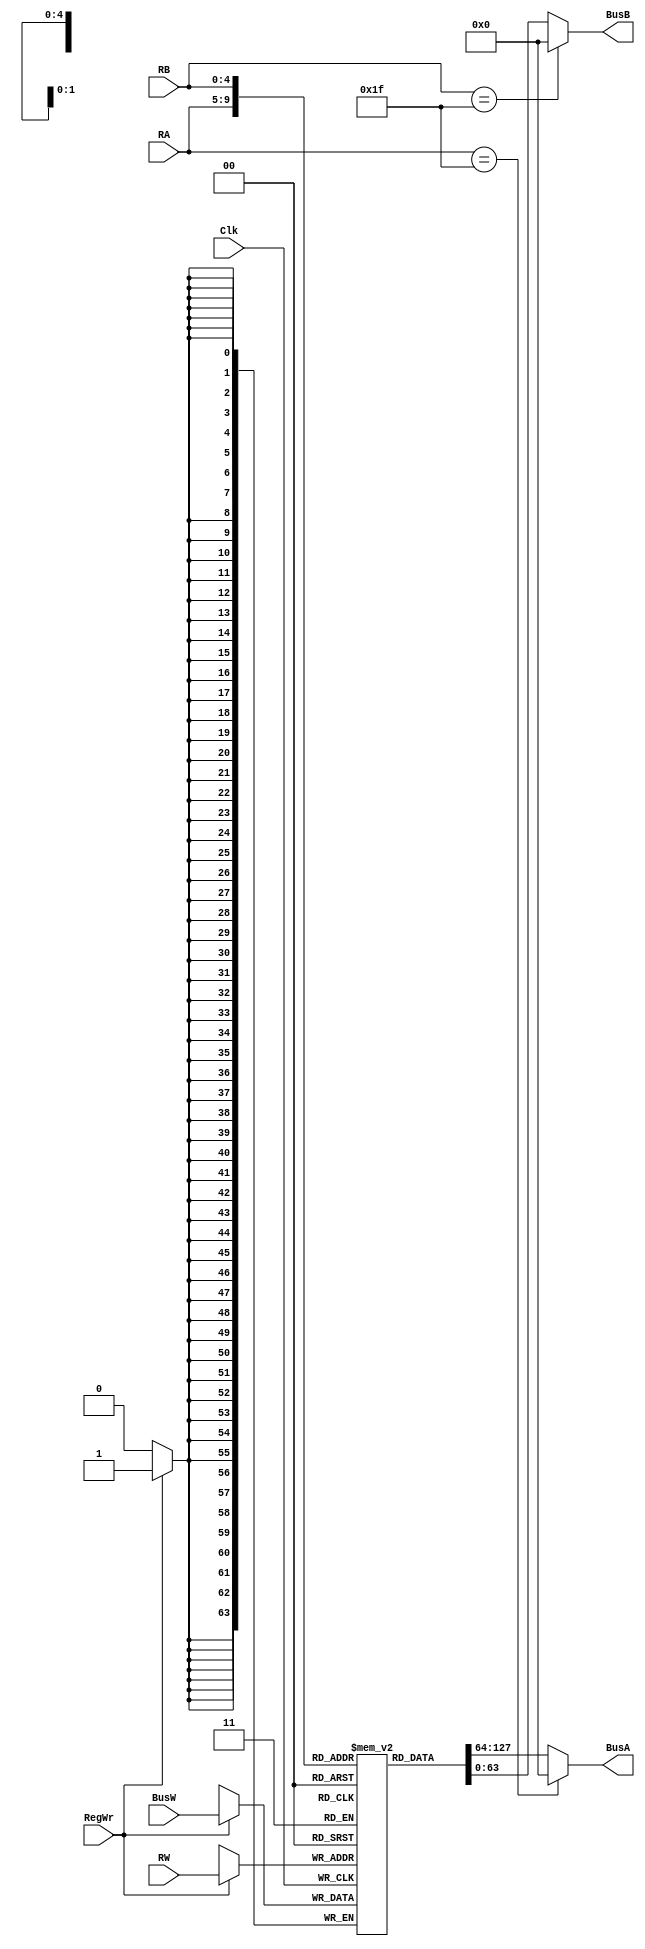
module RegisterFile(BusA, BusB, BusW, RA, RB, RW, RegWr, Clk);
   output [63:0] BusA;   
   output [63:0] BusB;
   input [63:0]  BusW;
   input [4:0] 	 RA, RB, RW;
   input 	 RegWr;
   input 	 Clk;
   reg [63:0] 	 registers [31:0]; // 32 registers, each 64 bits
     
   assign #2 BusA = ((RA == 31) ? 64'h0 : registers[RA]);
   assign #2 BusB = ((RB == 31) ? 64'h0 : registers[RB]);
     
   always @ (negedge Clk) begin
      if(RegWr)
        registers[RW] <= #3 BusW;
   end
endmodule